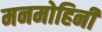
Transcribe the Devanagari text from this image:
मनमोहिनी